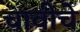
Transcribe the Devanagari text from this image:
चावीचे